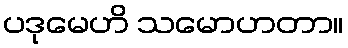
ပဒုမေဟိ သမောဟတာ။